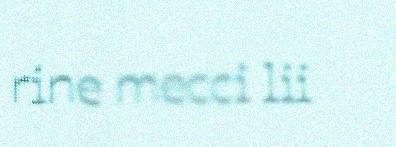
rine mecci lii